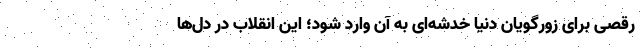
رقصی برای زورگویان دنیا خدشه‌ای به آن وارد شود؛ این انقلاب در دل‌ها